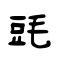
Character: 毭